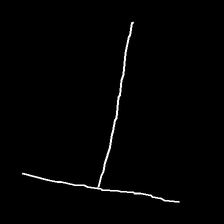
Glyph: column